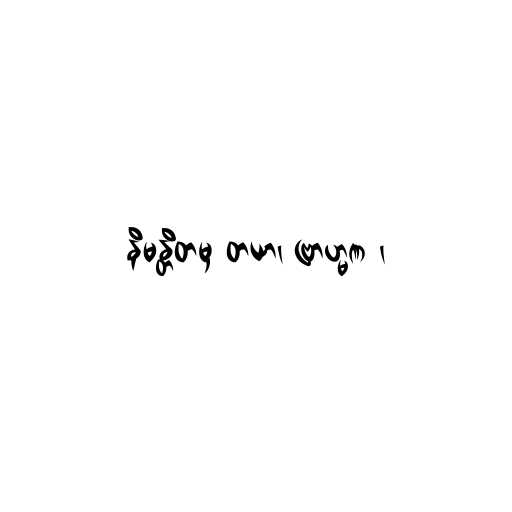
နိမန္တိတမှ တယာ၊ ဗြာဟ္မဏ ၊